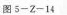
图5-Z-14